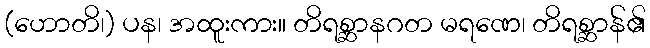
(ဟောတိ၊) ပန၊ အထူးကား။ တိရစ္ဆာနဂတ မရဏေ၊ တိရစ္ဆာန်၏